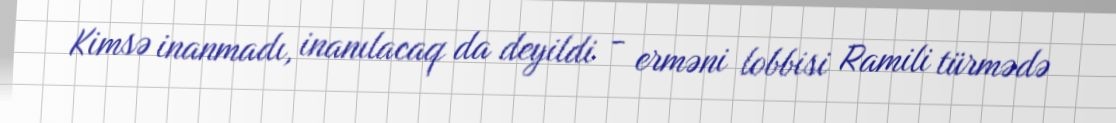
Kimsə inanmadı, inanılacaq da deyildi - erməni lobbisi Ramili türmədə